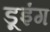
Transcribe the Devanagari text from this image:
डूइंग